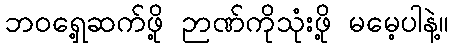
ဘဝရှေ့ဆက်ဖို့ ဉာဏ်ကိုသုံးဖို့ မမေ့ပါနဲ့။